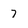
Character: 7